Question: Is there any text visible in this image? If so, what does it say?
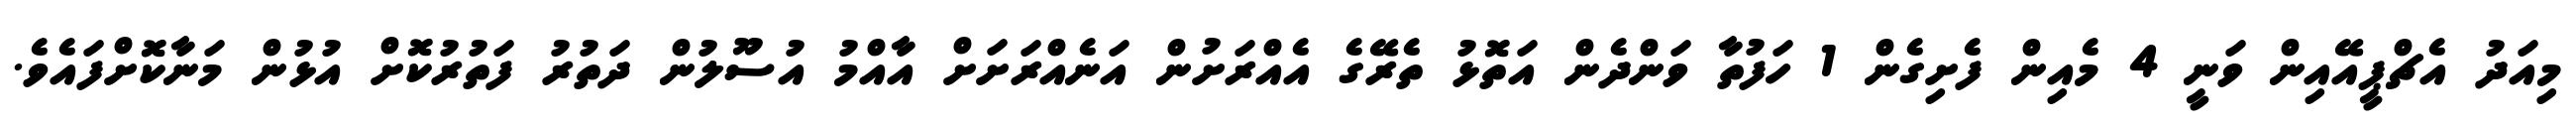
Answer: މިއަދު އެޗްޕީއޭއިން ވަނީ 4 މެއިން ފެށިގެން 1 ހަފުތާ ވަންދެން އަތޮޅު ތެރޭގެ އެއްރަށުން އަނެއްރަށަށް އާއްމު އުސޫލުން ދަތުރު ފަތުރުކޮށް އުޅުން މަނާކޮށްފައެވެ.